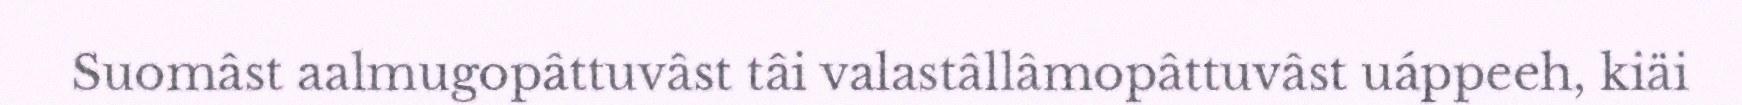
Suomâst aalmugopâttuvâst tâi valastâllâmopâttuvâst uáppeeh, kiäi